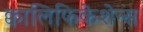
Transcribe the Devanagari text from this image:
क्वालिफिकेशेन्स